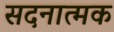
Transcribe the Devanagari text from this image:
सदनात्मक